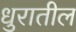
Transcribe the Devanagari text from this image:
धुरातील